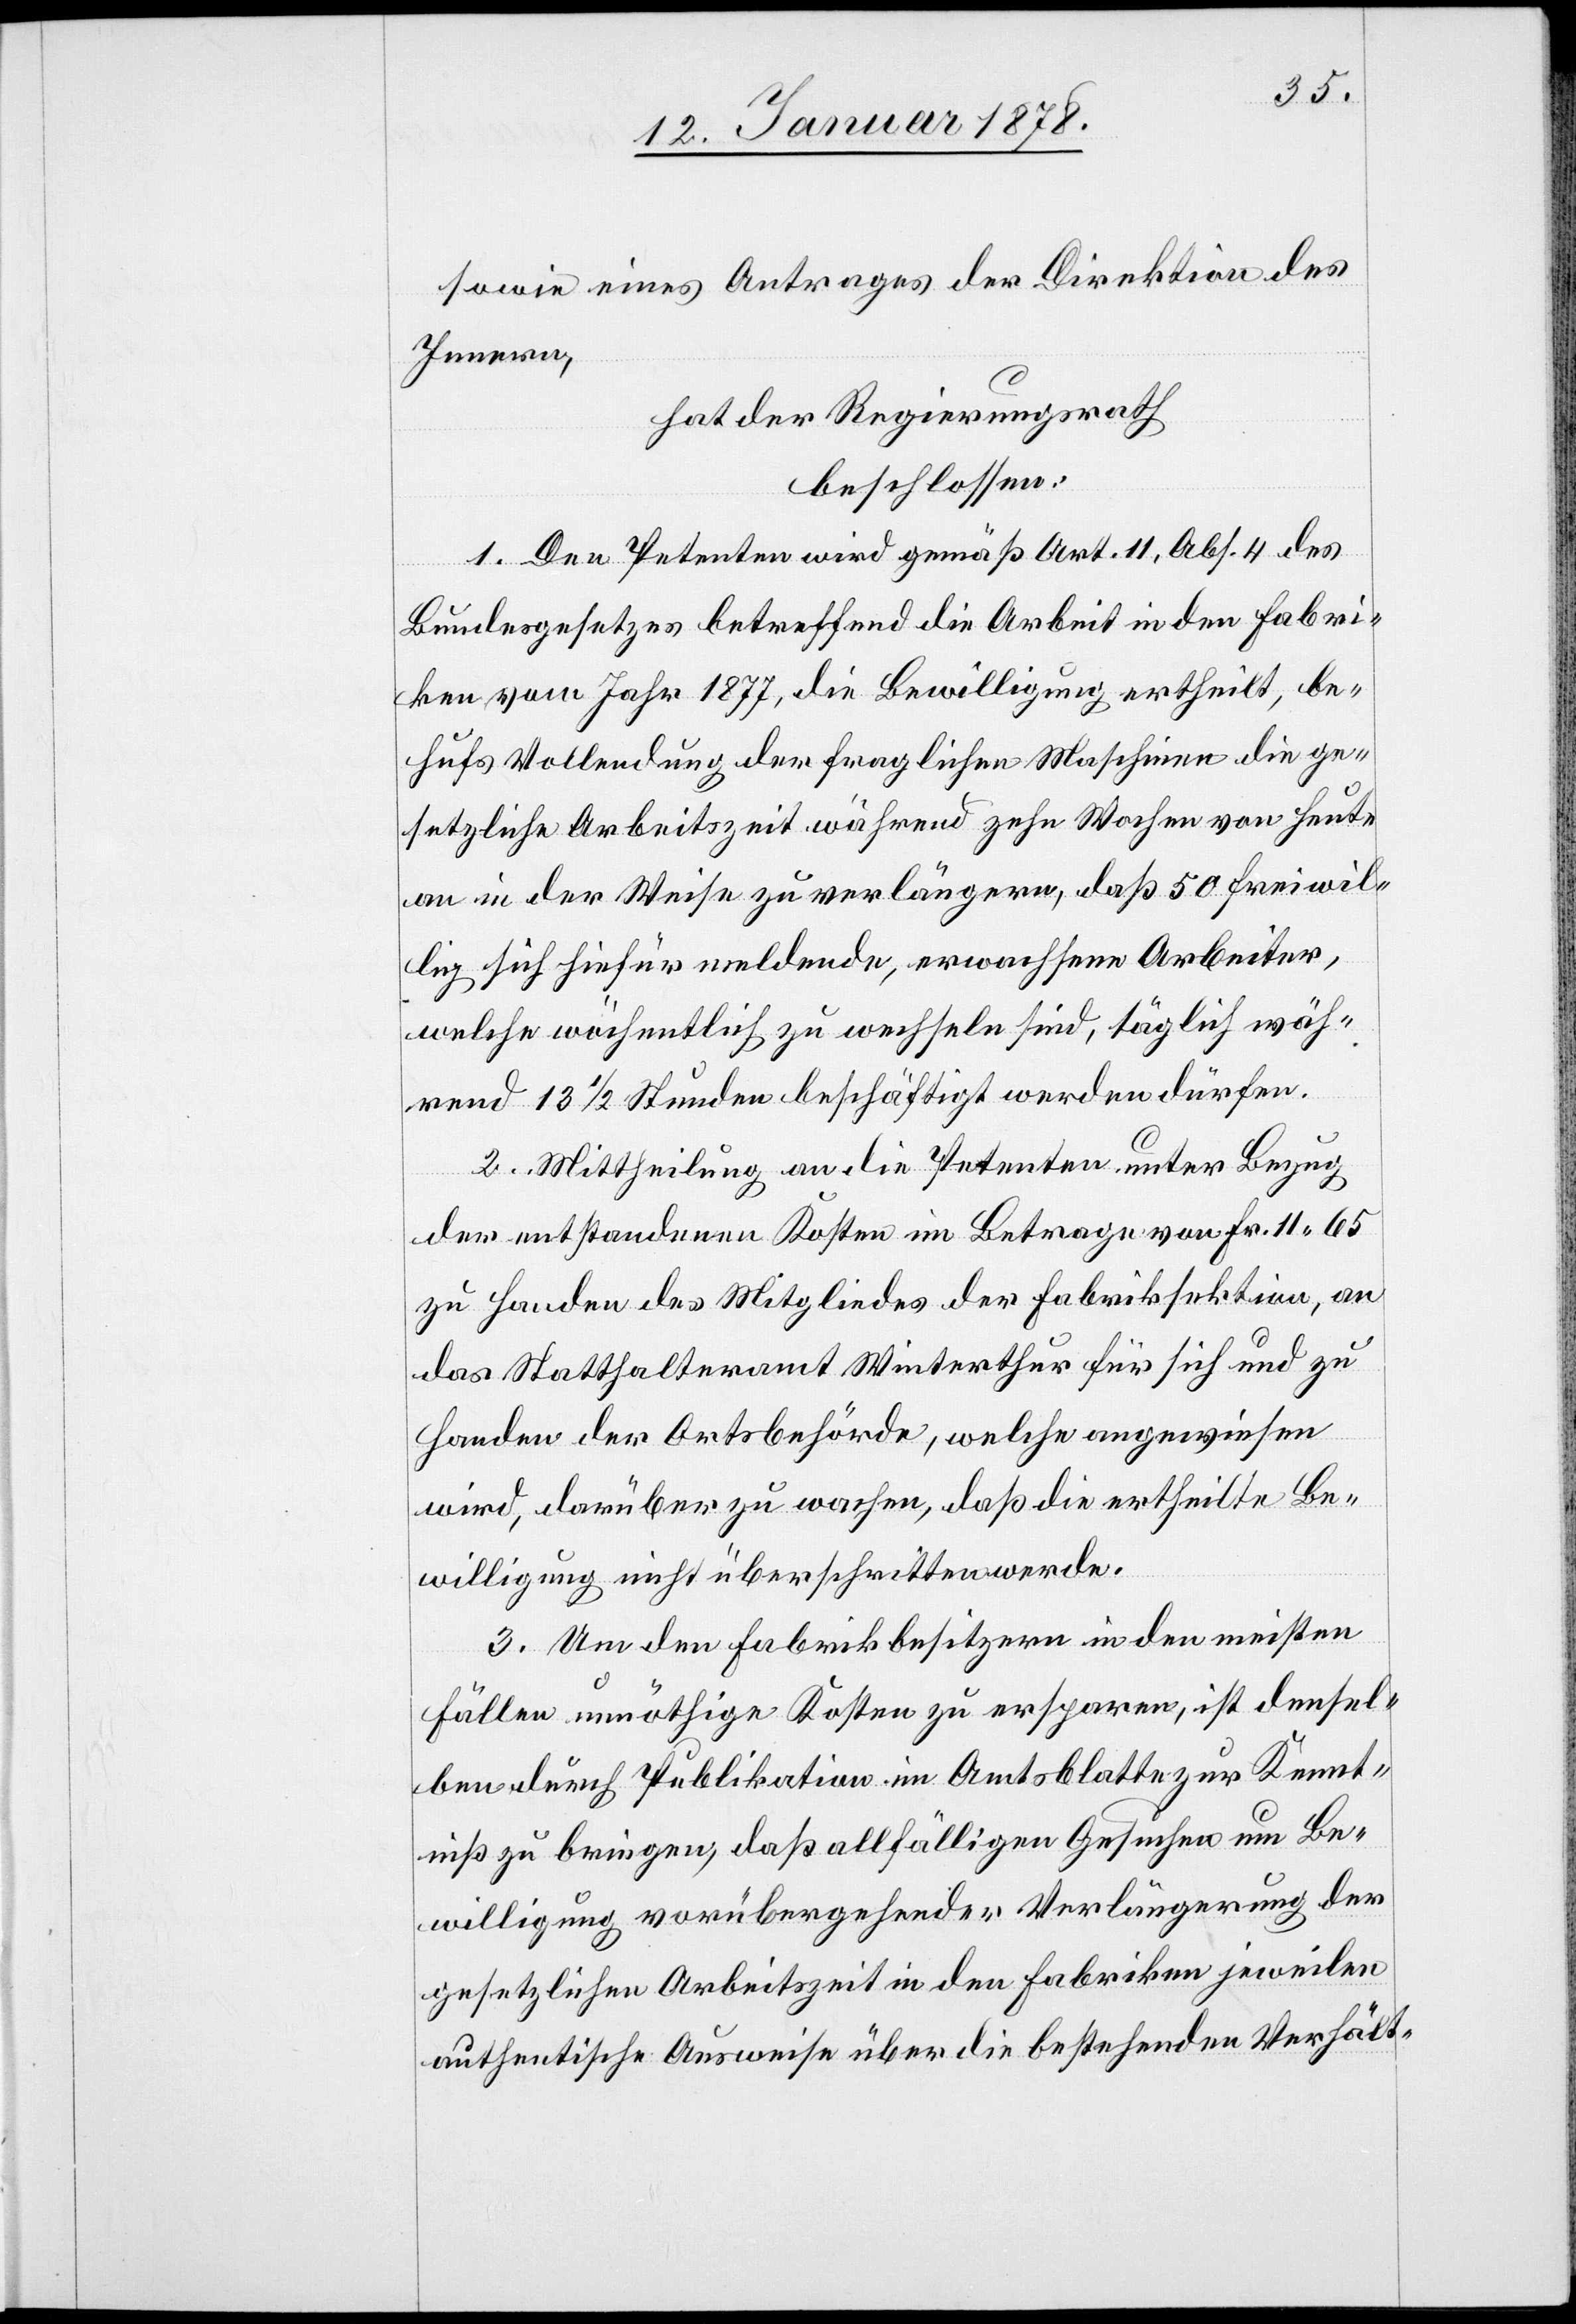
sowie eines Antrages der Direktion des
Innern,
hat der Regierungsrath
beschlossen:
1. Den Petenten wird gemäß Art. 11, Abs. 4 des
Bundesgesetzes betreffend die Arbeit in den Fabri¬
ken vom Jahr 1877, die Bewilligung ertheilt, be¬
hufs Vollendung der fraglichen Maschinen die ge¬
setzliche Arbeitszeit während zehn Wochen von heute
an in der Weise zu verlängern, daß 50 freiwil¬
lig sich hiefür meldende, erwachsene Arbeiter,
welche wöchentlich zu wechseln sind, täglich wäh¬
rend 13 1/2 Stunden beschäftigt werden dürfen.
2. Mittheilung an die Petenten unter Bezug
der entstandenen Kosten im Betrage von Fr. 11.65
zu Handen des Mitgliedes der Fabriksektion, an
das Statthalteramt Winterthur für sich und zu
Handen der Ortsbehörde, welche angewiesen
wird, darüber zu wachen, daß die ertheilte Be¬
willigung nicht überschritten werde.
3. Um den Fabrikbesitzern in den meisten
Fällen unnöthige Kosten zu ersparen, ist densel¬
ben durch Publikation im Amtsblatte zur Kennt¬
niß zu bringen, daß allfälligen Gesuchen um Be¬
willigung vorübergehender Verlängerung der
gesetzlichen Arbeitszeit in den Fabriken jeweilen
authentische Ausweise über die bestehenden Verhält-